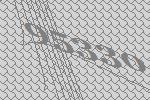
95330